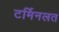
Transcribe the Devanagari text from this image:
टर्मिनलत